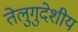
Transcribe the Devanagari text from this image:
तेलुगुदेशीय